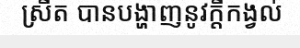
ស្រីត បានបង្ហាញនូវក្តីកង្វល់